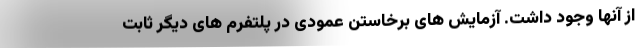
از آنها وجود داشت. آزمایش های برخاستن عمودی در پلتفرم های دیگر ثابت